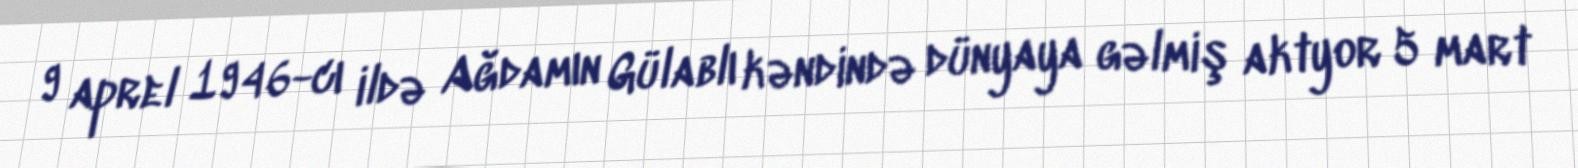
9 aprel 1946-cı ildə Ağdamın Gülablı kəndində dünyaya gəlmiş aktyor 5 mart